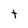
Character: t